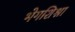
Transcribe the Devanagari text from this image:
भेगशिश्ना